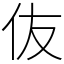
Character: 伖